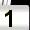
Digit: 1